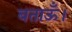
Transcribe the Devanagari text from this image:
बताऊँ।